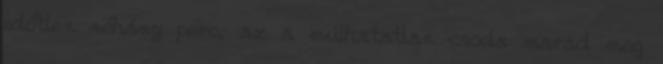
időtlen néhány perc, az a múlhatatlan csoda marad meg